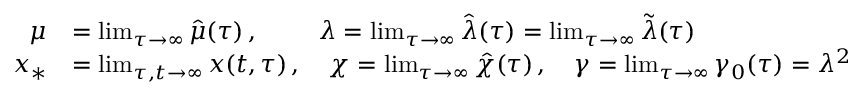
\begin{array} { r l } { \mu } & { = \operatorname* { l i m } _ { \tau \rightarrow \infty } \hat { \mu } ( \tau ) \, , \, \, \qquad \lambda = \operatorname* { l i m } _ { \tau \rightarrow \infty } \hat { \lambda } ( \tau ) = \operatorname* { l i m } _ { \tau \rightarrow \infty } \tilde { \lambda } ( \tau ) } \\ { x _ { * } } & { = \operatorname* { l i m } _ { \tau , t \rightarrow \infty } x ( t , \tau ) \, , \quad \chi = \operatorname* { l i m } _ { \tau \rightarrow \infty } \hat { \chi } ( \tau ) \, , \quad \gamma = \operatorname* { l i m } _ { \tau \rightarrow \infty } \gamma _ { 0 } ( \tau ) = \lambda ^ { 2 } } \end{array}